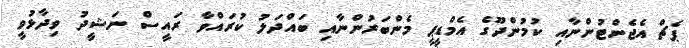
ޕެޗް އެޖެންޓުންނާއި ކުމުންދޫގެ އެމްޑީޕީ މެންބަރުންނާއި ބައްދަލު ކުރައްވާ ރައީސް ނަޝީދު ވިދާޅުވީ